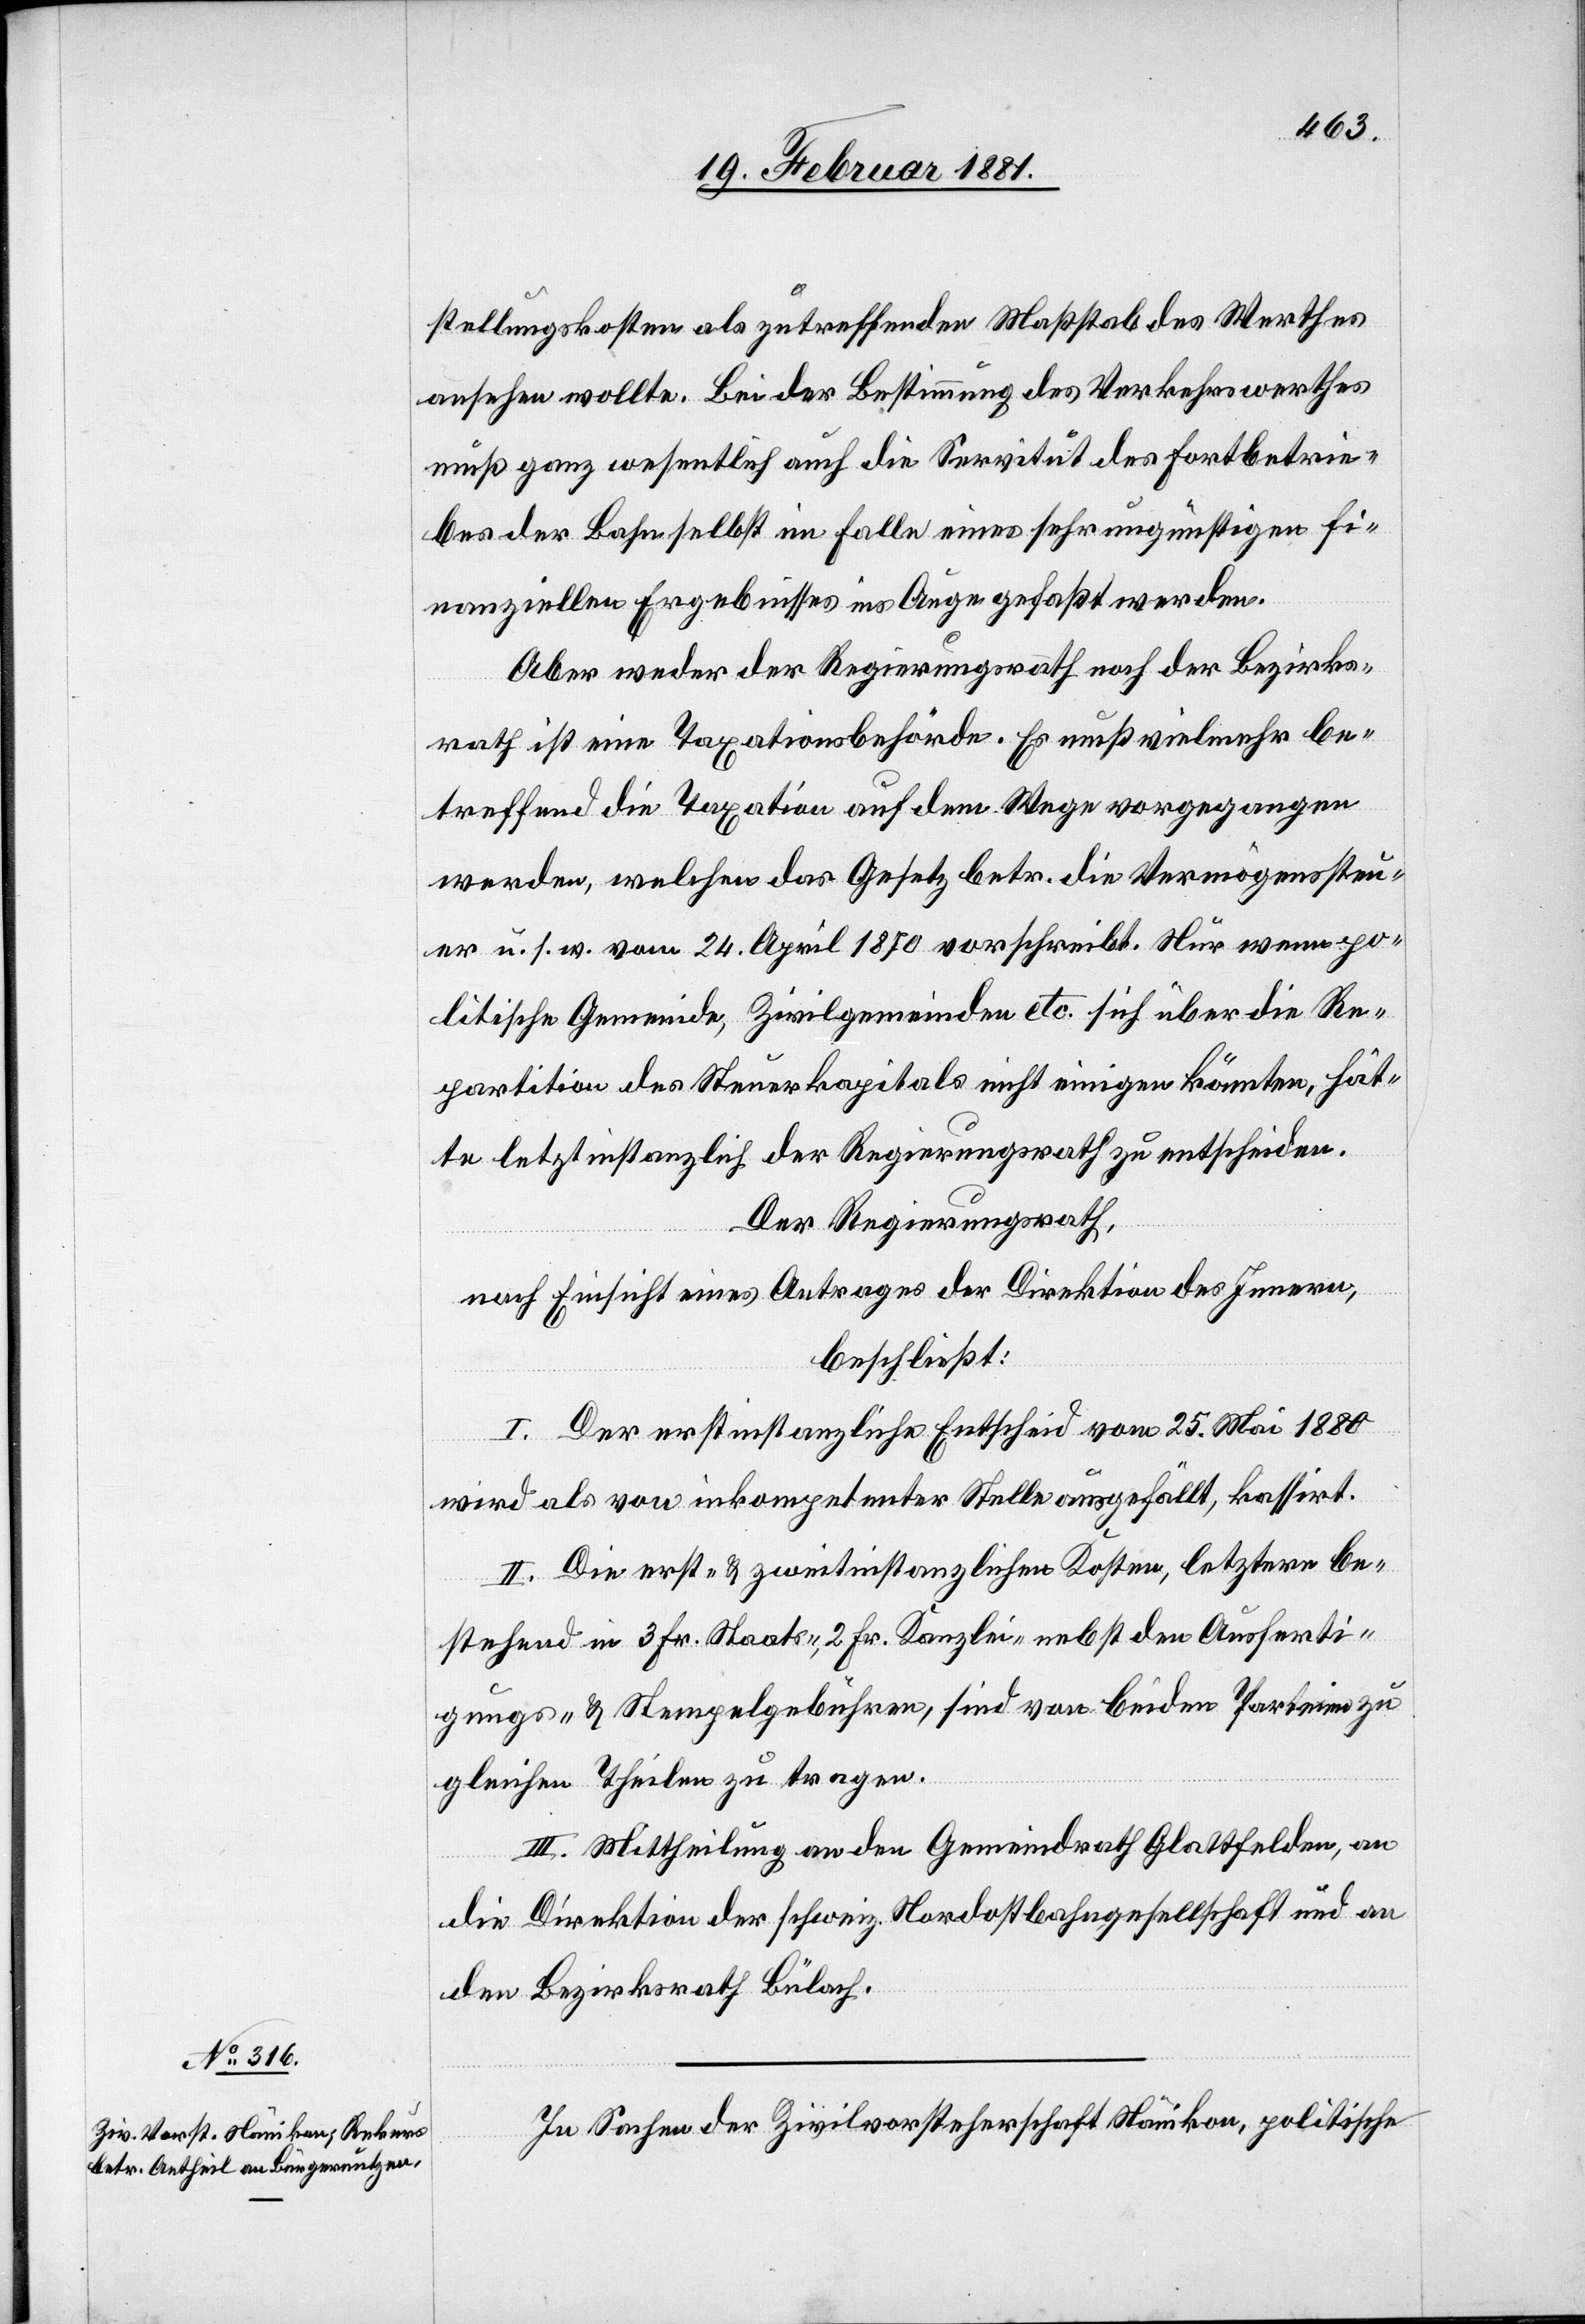
21. Februar 1881.]
stellungskosten als zutreffenden Maßstab des Werthes
ansehen wollte. Bei der Bestimmung des Verkehrswerthes
muß ganz wesentlich auch die Servitut des Fortbetrie¬
bes der Bahn selbst im Falle eines sehr ungünstigen fi¬
nanziellen Ergebnisses ins Auge gefaßt werden.
Aber weder der Regierungsrath noch der Bezirks¬
rath ist eine Taxationsbehörde. Es muß vielmehr be¬
treffend die Taxation auf dem Wege vorgegangen
werden, welchen das Gesetz betr. die Vermögenssteu¬
er u. s. w. vom 24. April 1870 vorschreibt. Nur wenn po¬
litische Gemeinde, Zivilgemeinde etc. sich über die Re¬
partition des Steuerkapitals nicht einigen könnten, hät¬
te letztinstanzlich der Regierungsrath zu entscheiden.
Der Regierungsrath,
nach Einsicht eines Antrages der Direktion des Innern,
beschließt:
I. Der erstinstanzliche Entscheid vom 25. Mai 1880
wird als von inkompetenter Stelle ausgefällt, kassirt.
II. Die erst- und zweitinstanzlichen Kosten, letztere be¬
stehend in 3 Fr. Staats-, 2 Fr. Kanzlei- nebst den Ausferti¬
gungs- & Stempelgebühren, sind von beiden Parteien zu
gleichen Theilen zu tragen.
III. Mittheilung an den Gemeindrath Glattfelden, an
die Direktion der schweiz. Nordostbahngesellschaft und an
den Bezirksrath Bülach.
In Sachen der Zivilvorsteherschaft Nänikon, politische